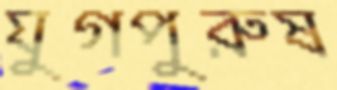
যুগপুরুষ